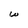
Character: w